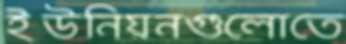
ইউনিয়নগুলোতে